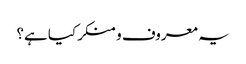
یہ معروف و منکر کیا ہے؟